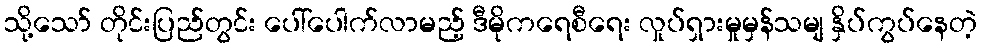
သို့သော် တိုင်းပြည်တွင်း ပေါ်ပေါက်လာမည့် ဒီမိုကရေစီရေး လှုပ်ရှားမှုမှန်သမျ နှိပ်ကွပ်နေတဲ့